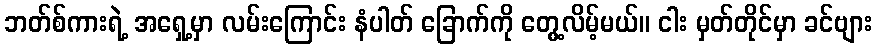
ဘတ်စ်ကားရဲ့ အရှေ့မှာ လမ်းကြောင်း နံပါတ် ခြောက်ကို တွေ့လိမ့်မယ်။ ငါး မှတ်တိုင်မှာ ခင်ဗျား